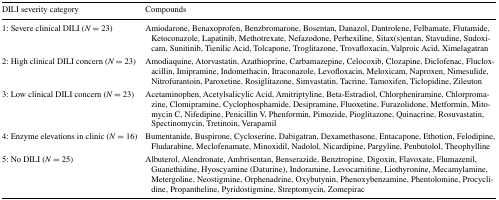
<table><thead><tr><td><b>DILI severity category</b></td><td><b>Compounds</b></td></tr></thead><tbody><tr><td>1: Severe clinical DILI (<i>N</i> = 23)</td><td>Amiodarone, Benaxoprofen, Benzbromarone, Bosentan, Danazol, Dantrolene, Felbamate, Flutamide, Ketoconazole, Lapatinib, Methotrexate, Nefazodone, Perhexiline, Sitax(s)entan, Stavudine, Sudoxicam, Sunitinib, Tienilic Acid, Tolcapone, Troglitazone, Trovafloxacin, Valproic Acid, Ximelagatran</td></tr><tr><td>2: High clinical DILI concern (<i>N</i> = 23)</td><td>Amodiaquine, Atorvastatin, Azathioprine, Carbamazepine, Celocoxib, Clozapine, Diclofenac, Flucloxacillin, Imipramine, Indomethacin, Itraconazole, Levofloxacin, Meloxicam, Naproxen, Nimesulide, Nitrofurantoin, Paroxetine, Rosiglitazone, Simvastatin, Tacrine, Tamoxifen, Ticlopidine, Zileuton</td></tr><tr><td>3: Low clinical DILI concern (<i>N</i> = 23)</td><td>Acetaminophen, Acetylsalicylic Acid, Amitriptyline, Beta-Estradiol, Chlorpheniramine, Chlorpromazine, Clomipramine, Cyclophosphamide, Desipramine, Fluoxetine, Furazolidone, Metformin, Mitomycin C, Nifedipine, Penicillin V, Phenformin, Pimozide, Pioglitazone, Quinacrine, Rosuvastatin, Spectinomycin, Tretinoin, Verapamil</td></tr><tr><td>4: Enzyme elevations in clinic (<i>N</i> = 16)</td><td>Bumentanide, Buspirone, Cycloserine, Dabigatran, Dexamethasone, Entacapone, Ethotion, Felodipine, Fludarabine, Meclofenamate, Minoxidil, Nadolol, Nicardipine, Pargyline, Penbutolol, Theophylline</td></tr><tr><td>5: No DILI (<i>N</i> = 25)</td><td>Albuterol, Alendronate, Ambrisentan, Benserazide, Benztropine, Digoxin, Flavoxate, Flumazenil, Guanethidine, Hyoscyamine (Daturine), Indoramine, Levocarnitine, Liothyronine, Mecamylamine, Metergoline, Neostigmine, Orphenadrine, Oxybutynin, Phenoxybenzamine, Phentolomine, Procyclidine, Propantheline, Pyridostigmine, Streptomycin, Zomepirac</td></tr></tbody></table>